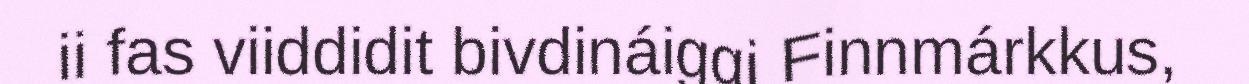
ii fas viiddidit bivdináiggi Finnmárkkus,